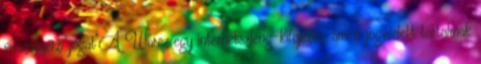
visszaszerzi jogát"A Warez egy internetszleng-kifejezés, ami a jogvédett tartalmak